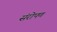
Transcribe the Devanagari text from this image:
संरोपण